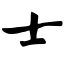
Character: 士